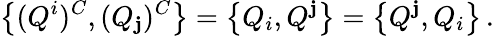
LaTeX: \left\{ (Q^{i})^{C},(Q_{\mathbf{j}})^{C}\right\} =\left\{ Q_{i},Q^{\mathbf{j}}\right\} =\left\{ Q^{\mathbf{j}},Q_{i}\right\} \, .